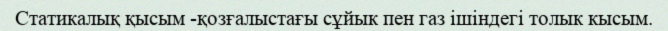
Статикалық қысым -қозғалыстағы сұйык пен газ ішіндегі толык кысым.